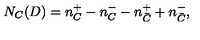
N _ { C } ( D ) = n _ { C } ^ { + } - n _ { C } ^ { - } - n _ { \bar { C } } ^ { + } + n _ { \bar { C } } ^ { - } ,